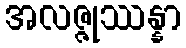
အလဇ္ဇုဿန္နာ